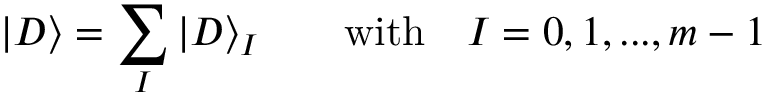
| D \rangle = \sum _ { I } | D \rangle _ { I } \qquad \mathrm { w i t h } \quad I = 0 , 1 , . . . , m - 1